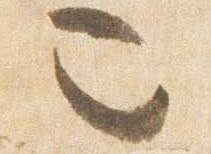
也